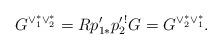
LaTeX: \begin{align*}G^{\vee ^{*}_{1} \vee ^{*}_{2}} = Rp'_{1*}p^{\prime \,!}_{2} G= G^{\vee ^{*}_{2} \vee ^{*}_{1}}.\end{align*}